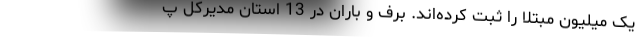
یک میلیون مبتلا را ثبت کرده‌اند. برف و باران در 13 استان مدیرکل پ